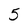
Character: 5